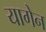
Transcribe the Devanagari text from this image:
यागेन